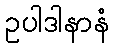
ဥပါဒါနာနံ